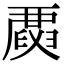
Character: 𠪳